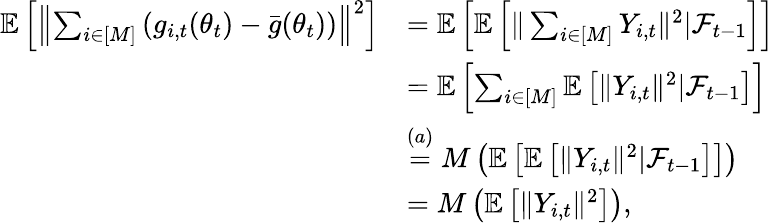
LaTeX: \begin{array}{rl}{\mathbb{E}\left[\left\Vert\sum_{i\in[M]}\left(g_{i,t}(\theta_{t})-\bar{g}(\theta_{t})\right)\right\Vert^{2}\right]}&{=\mathbb{E}\left[\mathbb{E}\left[\Vert\sum_{i\in[M]}Y_{i,t}\Vert^{2}|\mathcal{F}_{t-1}\right]\right]}\\ &{=\mathbb{E}\left[\sum_{i\in[M]}\mathbb{E}\left[\Vert Y_{i,t}\Vert^{2}|\mathcal{F}_{t-1}\right]\right]}\\ &{\overset{(a)}=M\left(\mathbb{E}\left[\mathbb{E}\left[\Vert Y_{i,t}\Vert^{2}|\mathcal{F}_{t-1}\right]\right]\right)}\\ &{=M\left(\mathbb{E}\left[\Vert Y_{i,t}\Vert^{2}\right]\right),}\end{array}